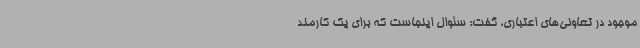
موجود در تعاونی‌های اعتباری، گفت: سئوال اینجاست که برای یک کارمند